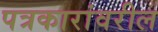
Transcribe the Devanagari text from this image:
पत्रकारांवरील